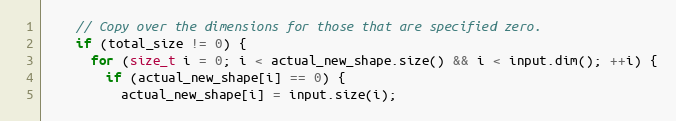
Language: C
    // Copy over the dimensions for those that are specified zero.
    if (total_size != 0) {
      for (size_t i = 0; i < actual_new_shape.size() && i < input.dim(); ++i) {
        if (actual_new_shape[i] == 0) {
          actual_new_shape[i] = input.size(i);